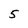
Character: 5